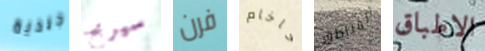
جلدية سيربح فرن حاخام المناطق الاطباق